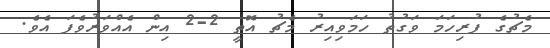
މެޗުގެ ފުރިހަމަ ވަގުތު ހަމަވިއިރު މެޗު އޮތީ 2-2 އިން އެއްވަރުވެފަ އެވެ.